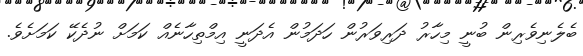
ބެލެނިވެރިން ބުނީ މިހާރު ދަރިވަރުން ހަދަމުން އެދަނީ އިމްތިހާނެއް ކަމަށް ނުދެކޭ ކަމަށެވެ.